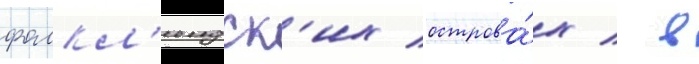
фолкл'ендск'их острова́х / в